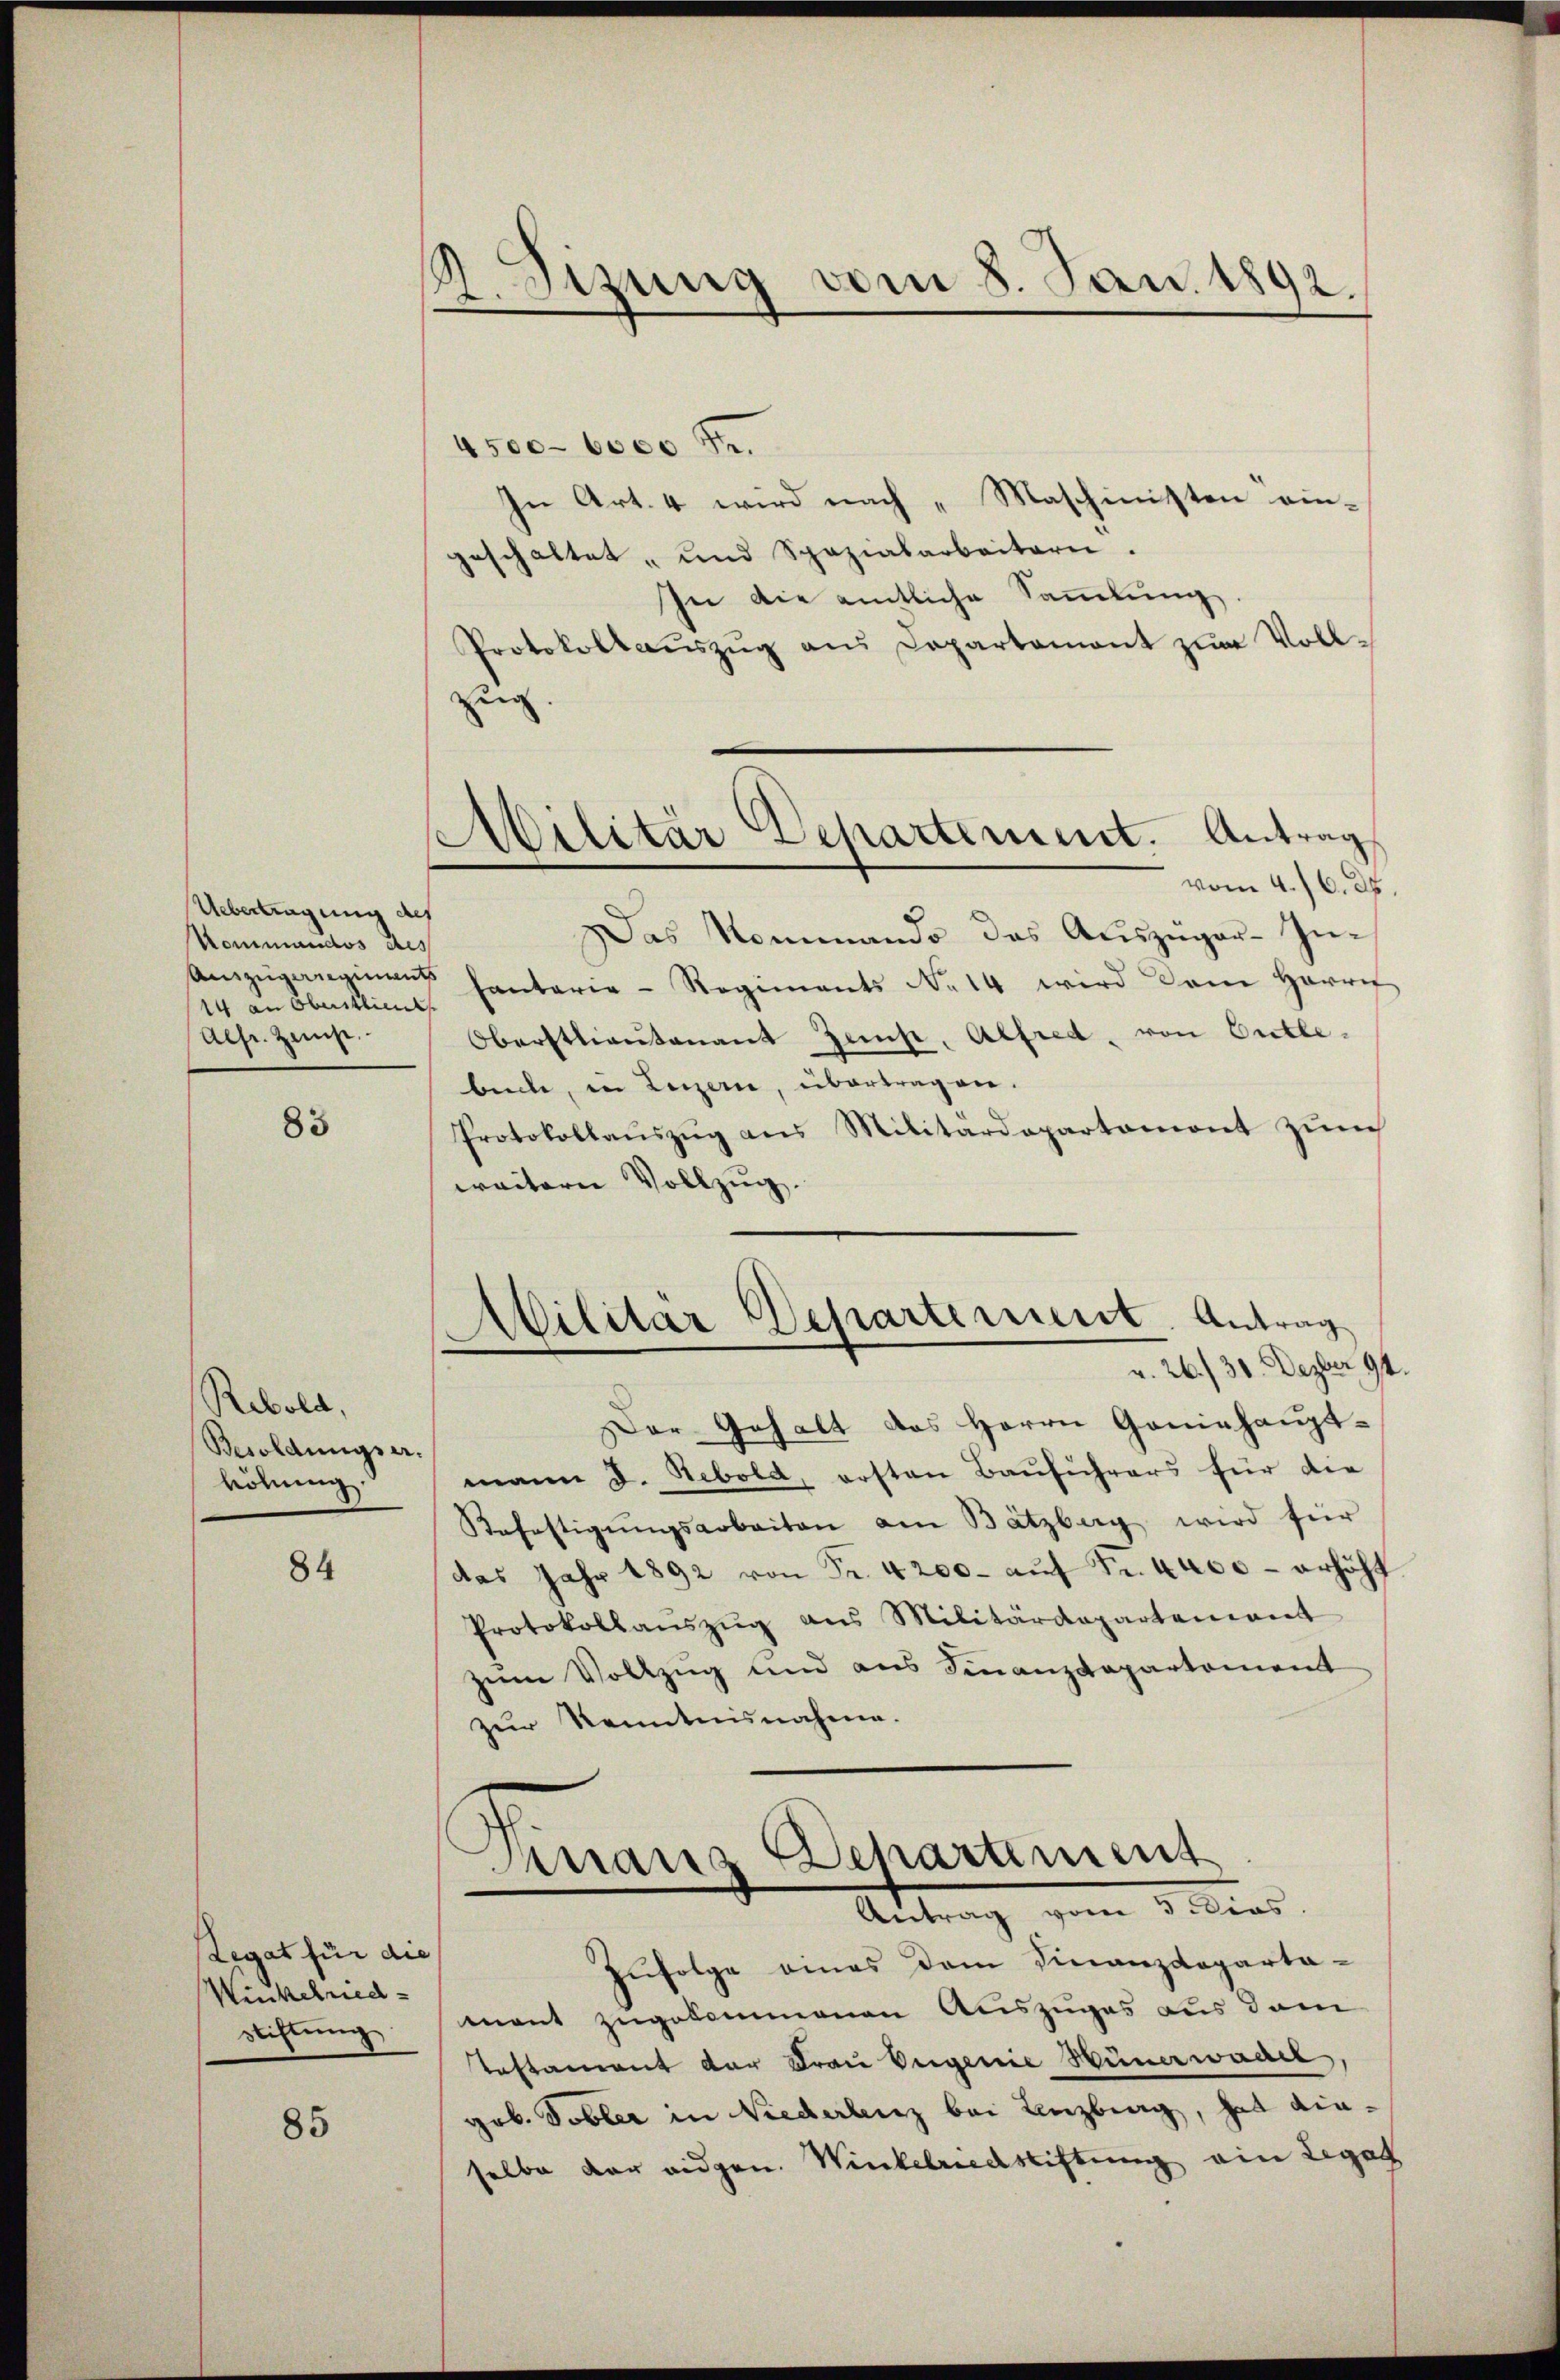
Uebertragung des
Kommandos des
14 an Oberstlien
Alsr. Zeuge.

85

Rebold,
Besoldungser.
höhung.

84

Legat für die
Winkelried
Stiftung

85

1. Sizung vom 8. Jan. 1892

4500–6000 f.
In Art. 4 wird nach „Maschinisten ein-
geschaltet, und Spazialarbeitern.
In die amtliche Sammlung
Protokollaŭszŭg aŭs Departament zum Vollzug
vom 4./6. ds.
Das Nommando das Auszüger-In¬
Aŭszŭgangina hantarie-Regiments No 14 wird dem Herrn
Oberstlieutenant Zemp, Alfred, von Gretle-
büche, in Luzern, übertragen.
Protokollaŭszŭg ans Militärdepartamont zŭm
weitern Vollzug.

Der Gehalt des Herrn Geninhauptmann d. Nebold, ersten Bauführers für die
Refestigŭngsarbeiten am Batzberg wird für
das Jahr 1892 von Fr. 4200. aŭf Fr. 4400 - erhöht
Protokollaŭszŭg aŭs Militärdepartement
zum Vollzug und aus Finanzdepartement
zur Kenntnisnahme.
Vinaus Departement

Militär Departement. Antrag

Militär Departement. Antrag
u. 26./30. Dezbr 94.

Antrag vom 3. dies

Zufolge eines dem Finanzdeparta-
ment zugekommenen Auszuges aus dem
Testament der Frau Eugenie Hünerwadel,
gob. Tobler in Niederlenz bei Lenzburg, hat diaselbe der eidgen. Winkelriedstiftung ein Legat